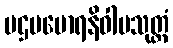
ပဌမမောရနိဝါပသုတ္တံ